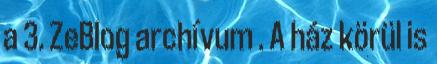
a 3. ZeBlog archívum . A ház körül is